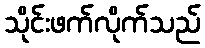
သိုင်းဖက်လိုက်သည်